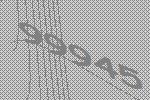
99945